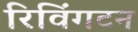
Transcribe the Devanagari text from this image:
रिविंगटन